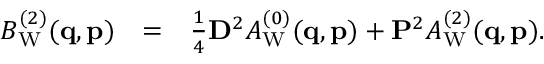
\begin{array} { r l r } { B _ { \mathrm { W } } ^ { ( 2 ) } ( \ensuremath { \mathbf { q } } , \ensuremath { \mathbf { p } } ) } & { = } & { \frac { 1 } { 4 } \ensuremath { \mathbf { D } } ^ { 2 } A _ { \mathrm { W } } ^ { ( 0 ) } ( \ensuremath { \mathbf { q } } , \ensuremath { \mathbf { p } } ) + \ensuremath { \mathbf { P } } ^ { 2 } A _ { \mathrm { W } } ^ { ( 2 ) } ( \ensuremath { \mathbf { q } } , \ensuremath { \mathbf { p } } ) . } \end{array}